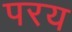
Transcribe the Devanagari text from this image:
परय